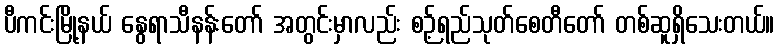
ပီကင်းမြို့နယ် နွေရာသီနန်းတော် အတွင်းမှာလည်း စဉ့်ရည်သုတ်စေတီတော် တစ်ဆူရှိသေးတယ်။